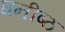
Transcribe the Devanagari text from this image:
घनीष्ठ